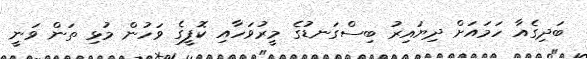
ބަދިގެއާ ހަމައަށް ދިޔައިރު ބިސްގަނޑުގެ މީރުވަހާއި ކޮފީގެ ވަހުން މުޅި ތަން ވަނީ